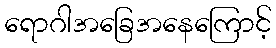
ရောဂါအခြေအနေကြောင့်